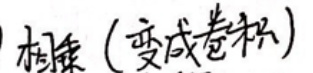
相乘（变成卷积）